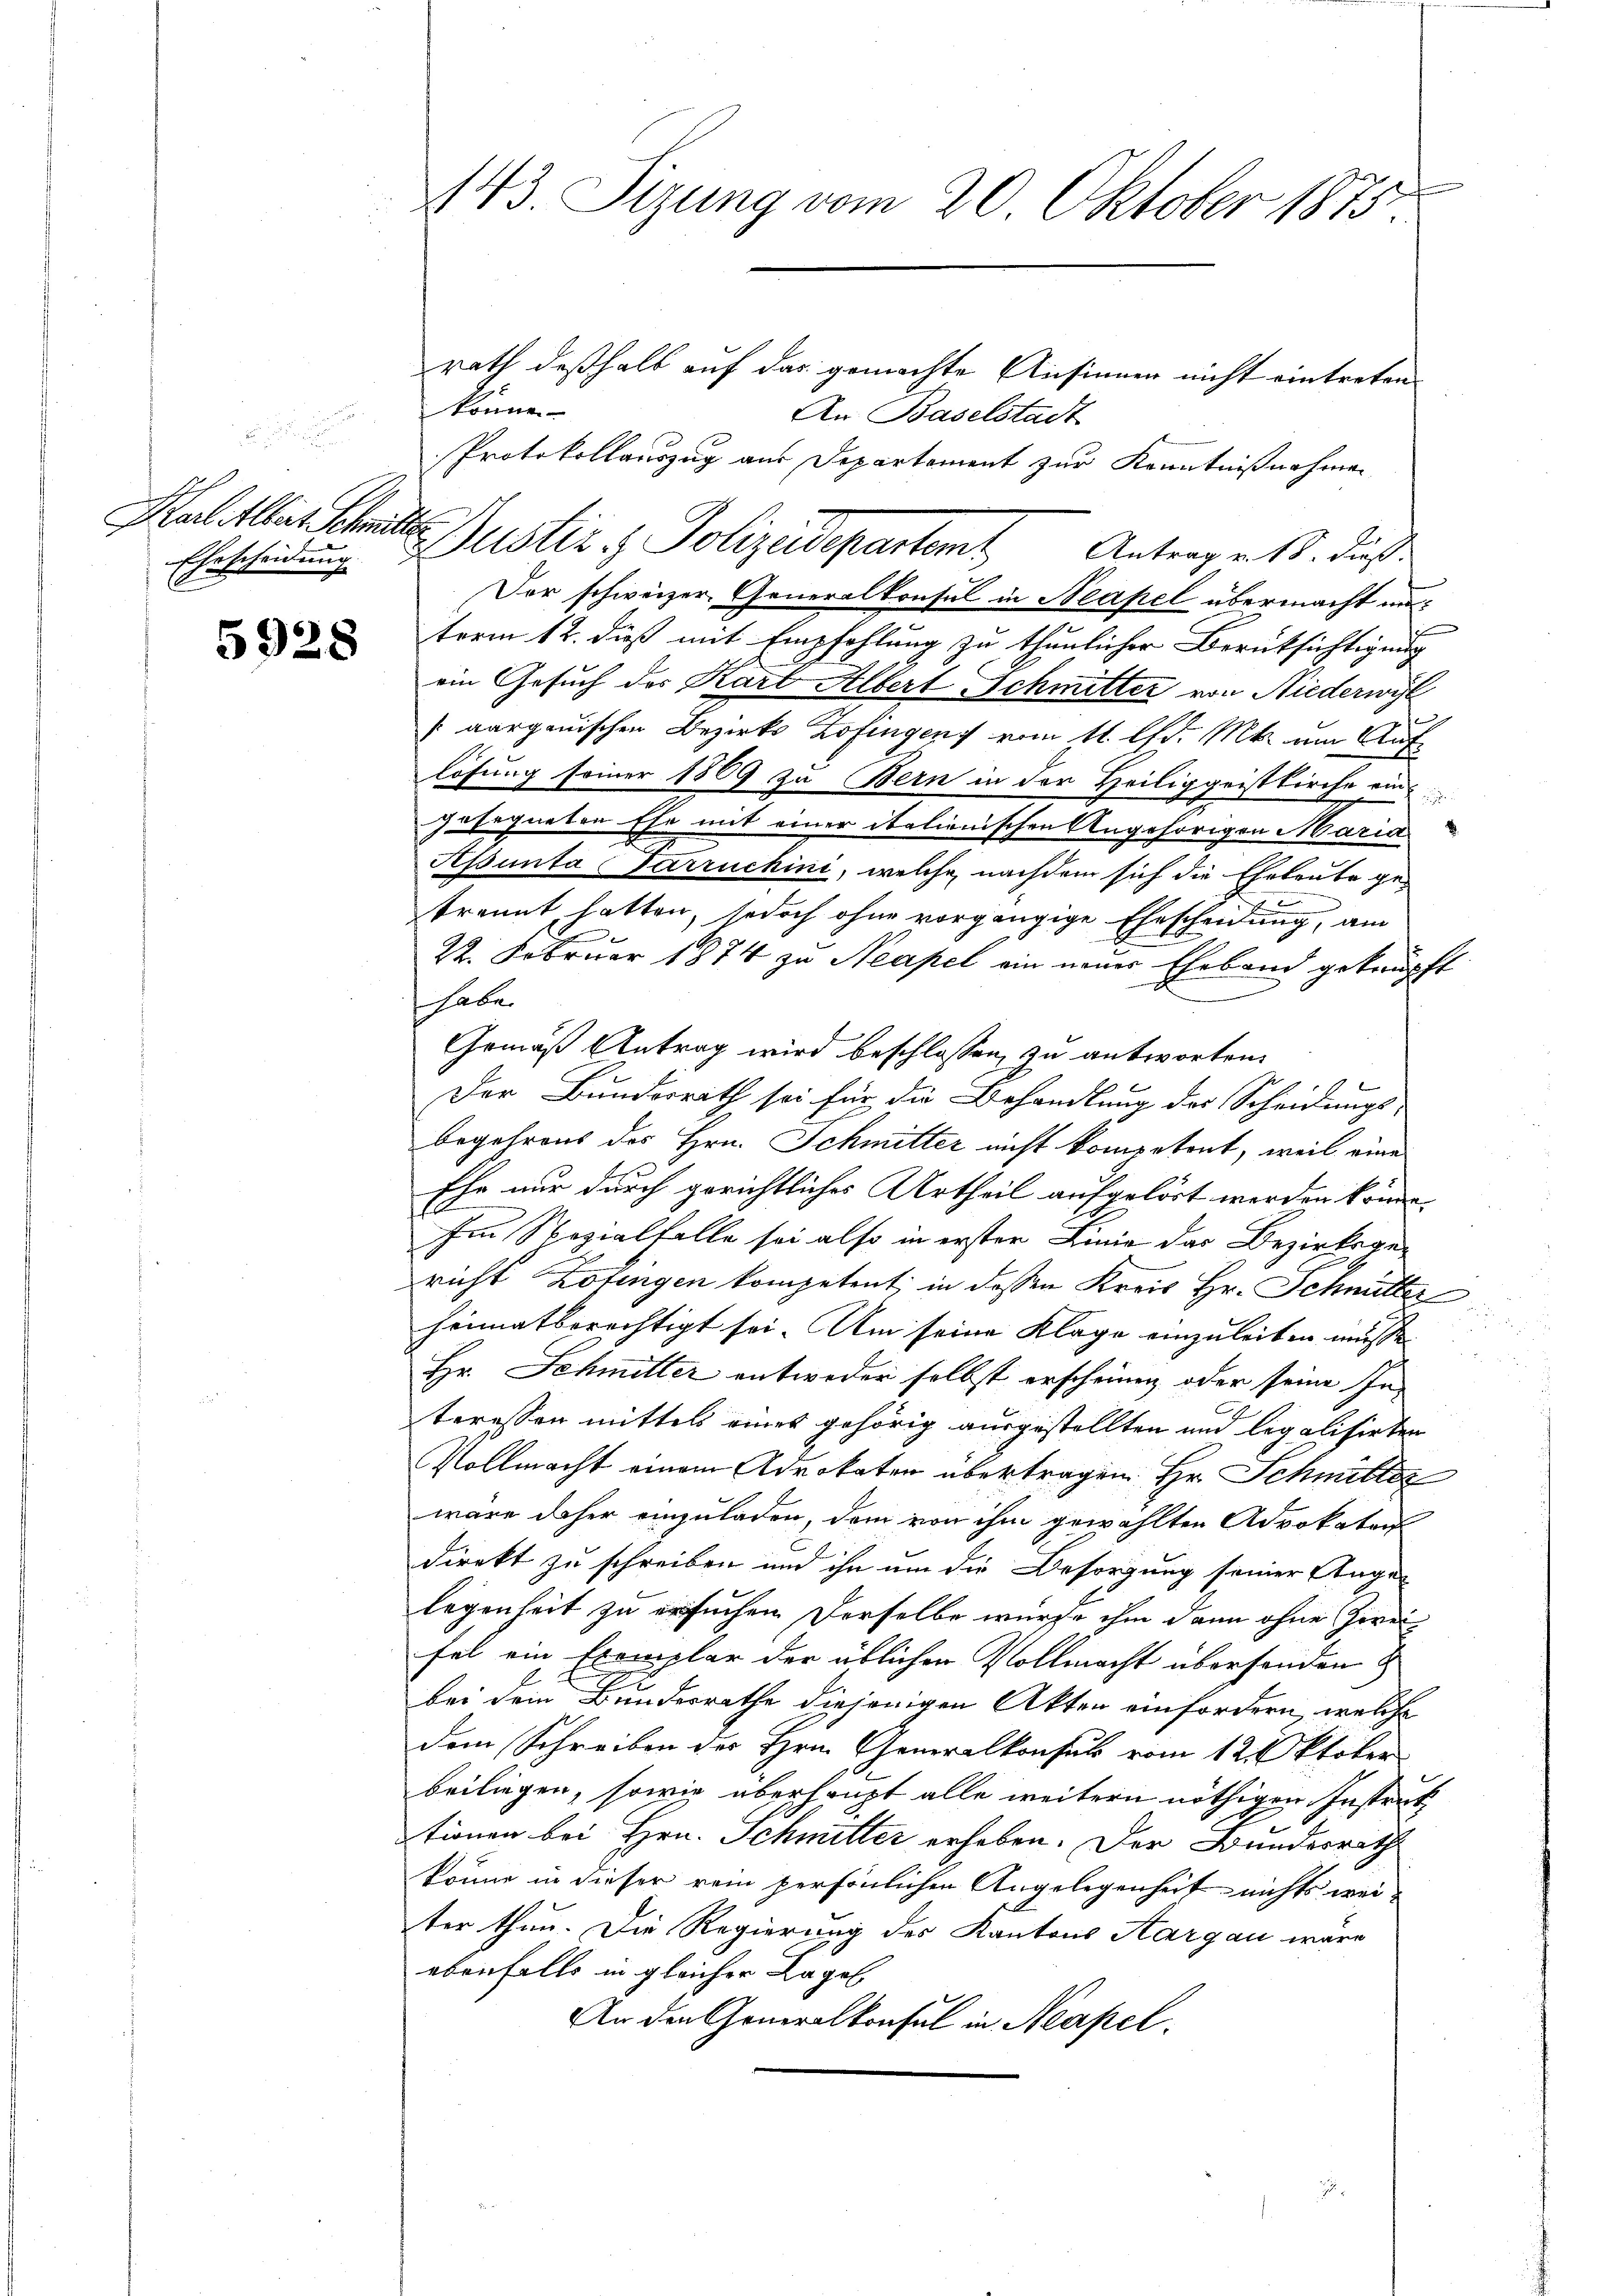
.
Karl Albert Schmitten

5928

143. Sizung vom 20. Oktober 1875

Ehrscheidung Justiz & Polizeidepartem

rath deßhalb auf das gemachte Ansinnen nicht eintreten.
könne.
An Baselstadt
Protokollauszug aus Departement zur Kenntnißnahmen
Antrag v. 18. daß
Der schweizer Generalkonsul in Neapel übermacht unterm 12. dieß mit Empfehlung zu thunlicher Berücksichtigung
ein Gesuch des Kart Albert Schmitter von Niederwyl
[aargauischen Bezirks Zofingen vom 11. lfd. M. am Auflösung seiner 1869 zu Bern in der Heiliggeistkirche ein
gesegneten Ehe mit einer italienischen Angehörigen Maria
Apunta Parruchini, welche nachdem sich die Eheleute getrennt hatten, jedoch ohne vorgängige Ehescheidung, am
22. Februar 1874 zu Neapel ein neuer Eheband geknüpft
haben
Gemäß Antrag wird beschlossen, zu antworten.
Der Bundesrath sei für die Behandlung der Scheidungs-
begehrens des Hrn. Schmitter nicht kompetent, weil eine
Ehe nur durch gerichtliches Urtheil aufgelöst werden könne.
Im Sozialfalle sei also in erster Linie das Bezirksgericht Lotingen kompetent, in dessen Kreis Hr. Schmitter
heimatberechtigt sei. Am seine Klage einzuleiten müsse
8
Hr. Schmitter entweder selbst erscheinen oder seine Interessen mittels eines gehörig ausgestellten und legalisirten
Vollmacht einem Advokaten übertragen. Hr. Schmitter
wäre daher einzuladen, dem von ihm gewählten Advokatar
direkt zu schreiben und ihn um die Besorgung seiner Ange
legenheit zu ersuchen derselbe wurde ihm dann ohne Zweifel ein Exemplar der üblichen Vollmacht überhanden
bei dem Bundesrathe diejenigen Akten einfordern, welche
dem Schreiben des Hrn. Generalkonsuls vom 12. Oktober
beiliegen, sowie überhaupt alle weitern nöthigen Instruktionen bei Hrn. Schmitter erheben. Der Bundesrath
könne in dieser rein persönlichen Angelegenheit nichts weiter thun. Die Regierung des Kantons Aargau wäre
ebenfalls in gleicher Lagel
An den Generalkonsul in Neapel.